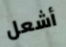
أشعل